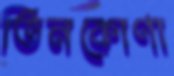
তিনকোণা